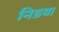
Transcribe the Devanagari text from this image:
निडवा